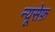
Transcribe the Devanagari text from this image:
न्यूसेफ़